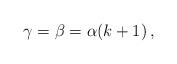
LaTeX: \begin{align*}\gamma=\beta=\alpha(k+1)\, , \end{align*}